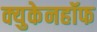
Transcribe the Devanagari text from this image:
क्युकेनहॉफ